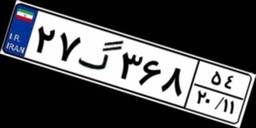
۲۷گ۳۶۸۵۴